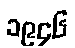
၁၉၄၆